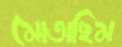
মোতাছিম